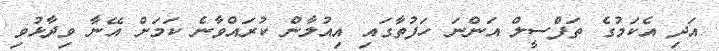
އަދި އެކަމުގެ ތަފްސީލް އަންނަ ހަފުތާގައި އިއުލާން ކުރައްވާނެ ކަމަށް އޭނާ ވިދާޅުވި